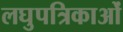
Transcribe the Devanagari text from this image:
लघुपत्रिकाओं